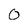
Character: 0